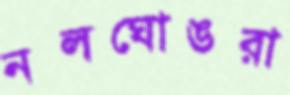
নলঘোঙরা